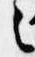
之